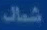
شمال